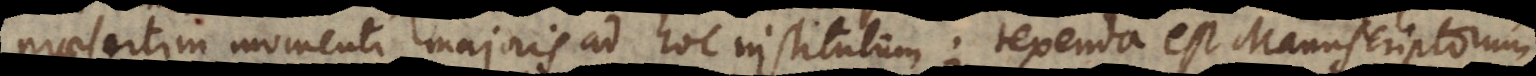
praesertim momenti majoris ad hoc institutum; texenda est Manuscriptorum